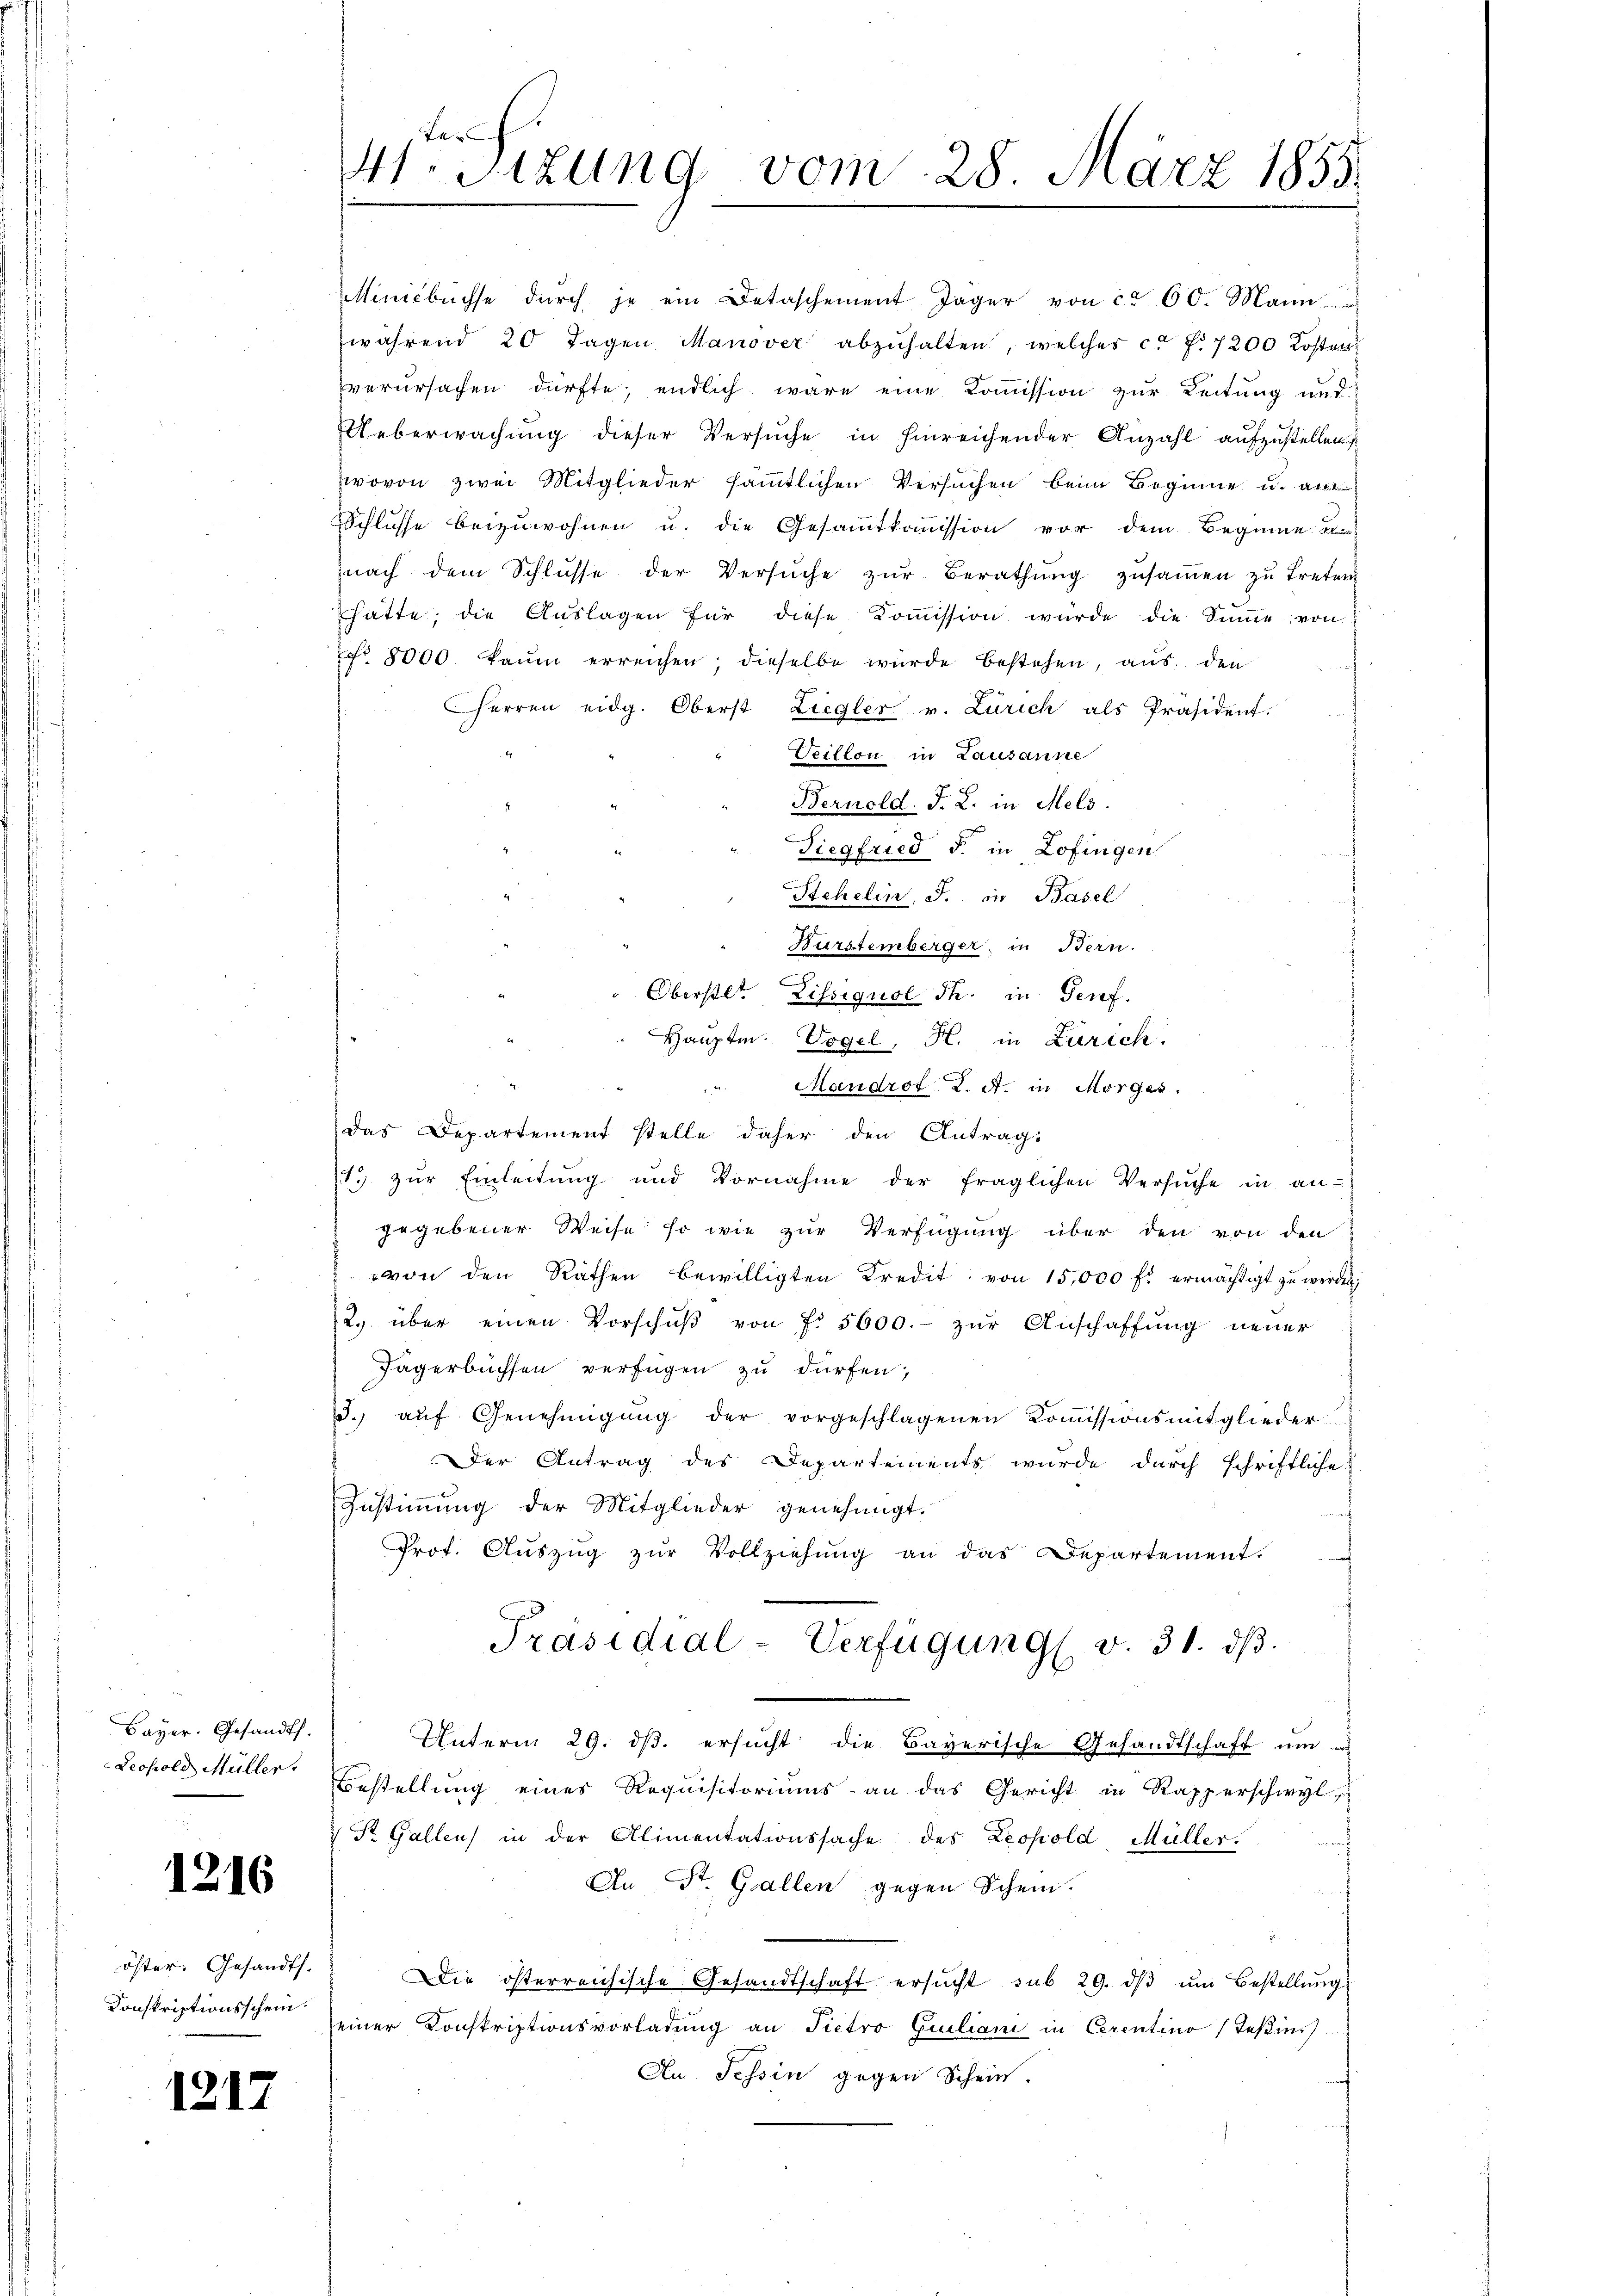
Bayer. Gesandts.

1216

öster. Gesandts.
Konskriptionsschein.

1217

Minicbüchse dŭrch je ein Detaschement Jäger von ca 60. Mann
während 20 Tagen Manöver abzŭhalten, welches c. f. 7200 Kosten
verursachen dürfte; endlich wäre eine Kommission zur Leitung und
Ueberwachung dieser Versuche in hinreichender Anzahl aufzustellen
wovon zwei Mitglieder sämmtlichen Versuchen beim Beginne u. an
Schlusse beizuwohnen u. die Gesammtkommission vor dem Beginne
nach dem Schlŭsse der Versŭche zŭr Berathŭng zŭsaṁen zŭ treten
hätte, die Aŭslagen für diese Koṁission würde die Sinne, von
Nr. 8000 kaum erreichen; dieselbe würde bestehen, aŭs den
Herren eidg. Oberst Liegler v. Zürich als Präsident.
Veillon in Lausanne
Bernold. J. L. in Mels.
Siegfried d. in Zofingen
Stehelin, J. in Basel
Bürstemberger, in Bern.
Oberstet. Lissignol Th. in Genf.
Hauptm. Vogel, H. in Zürich.
Mandrot K. A. in Morges.
.
das Departement stelle daher den Antrags
13 zur Einleitung und Vornahme der fraglichen Versuche in an-
gegebener Weise so wie zur Verfügung über den von den
von den Räthen bewilligten Kredit von 15,000 f: ermächtigt zŭ werden;
2. über einen Vorschŭβ von f. 5600.- zŭr Anschaffŭng neŭer
Jägerbüchsen verfügen zu dürfen,
3. aŭf Genehmigŭng der vorgeschlagenen Koṁissionsmitglieder
Der Antrag des Departements wurde durch schriftliche
Zustimmung der Mitglieder genehmigt.
Prot. Aŭszŭg zŭr Vollziehung an das Departement.
f
Präsidial-Verfügung v. 31. dβ.
Unterm 29. ds. ersucht die Bayerische Gesandtschaft um er
Leopold Müller Bestellung eines Requisitoriums an das Gericht in Rapperschwyl,
 St. Gallen in der Alimentationssache des Leopold, Müller.
An St. Gallen gegen Schein.
Die österreichische Gesandtschaft ersucht sub 29. dβ ŭm Bestellungs
einer Konskriptionsvorladung an Pietro Guiliani in Cerentino Teßin.
Au Tessin gegen Schein-

Ter
4t. Sitzung vom 28. März 1855.